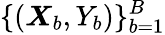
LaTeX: \{ (\boldsymbol{X}_{b},Y_{b})\} _{b=1}^{B}